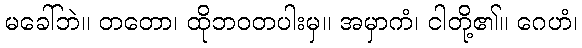
မခေါ်ဘဲ။ တတော၊ ထိုဘဝတပါးမှ။ အမှာကံ၊ ငါတို့၏။ ဂေဟံ၊